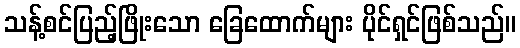
သန့်စင်ပြည့်ဖြိုးသော ခြေထောက်များ ပိုင်ရှင်ဖြစ်သည်။